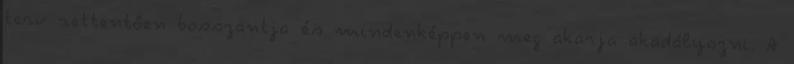
terv rettentően bosszantja és mindenképpen meg akarja akadályozni. A